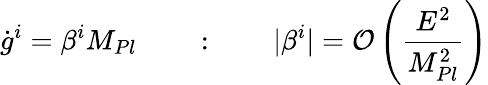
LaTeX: {\dot{g}}^{i}=\beta^{i}M_{Pl}\qquad:\qquad|\beta^{i}|={\cal O}\left(\frac{E^{2}}{M_{Pl}^{2}}\right)